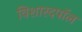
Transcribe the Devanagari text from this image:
विशारदपॉल